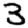
Digit: 3